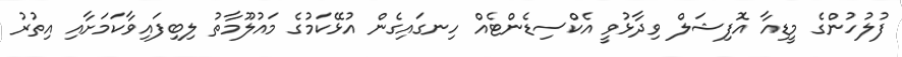
ފުލުހުންގެ މީޑިއާ އޮފިޝަލް ވިދާޅުވީ އެކްސިޑެންޓެއް ހިނގައިގެން އުޅޭކަމުގެ މައުލޫމާތު ލިބިފައިވާކަމަށާއި އިތުރު